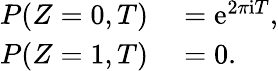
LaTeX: \begin{array}{rl}{P(Z=0,T)}&{{}=\mathrm{e}^{2\pi\mathrm{i}T},}\\ {P(Z=1,T)}&{{}=0.}\end{array}